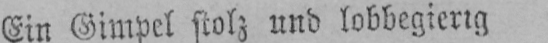
Ein Gimpel stolz und lobbegierig